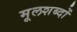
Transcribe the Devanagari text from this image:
मूलशब्दों